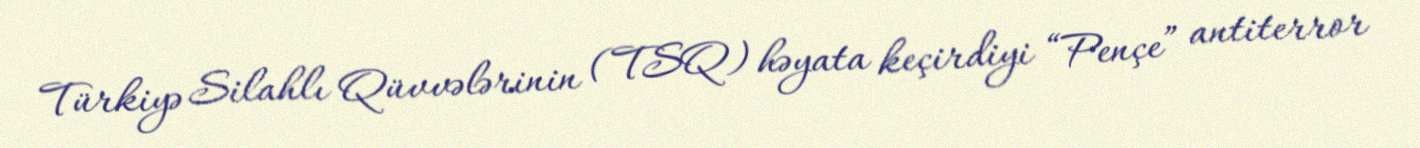
Türkiyə Silahlı Qüvvələrinin (TSQ) həyata keçirdiyi “Pençe” antiterror